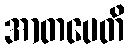
အာတပေတိ